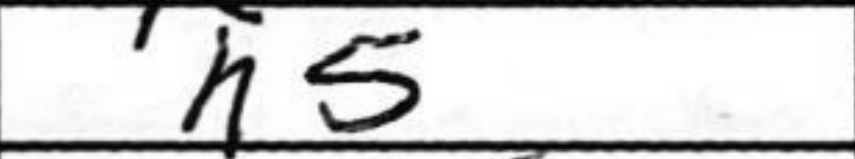
Transcription: h5